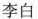
李白